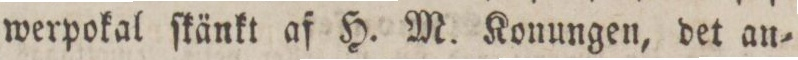
werpokal ſkänkt af H. M. Konungen, det an=